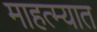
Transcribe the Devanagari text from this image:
माहत्म्यात